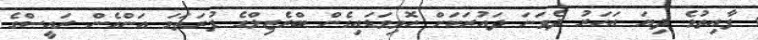
ފާއިތުވެ ދިޔަ އަހަރު ދެވަނަ ދައުރަކަށް ހޮވިވަޑައިގެން ބްރެޒިލްގެ ފުރަތަމަ އަންހެން ރައީސްގެ